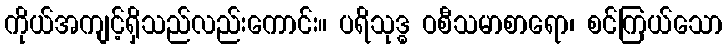
ကိုယ်အကျင့်ရှိသည်လည်းကောင်း။ ပရိသုဒ္ဓ ဝစီသမာစာရော၊ စင်ကြယ်သော